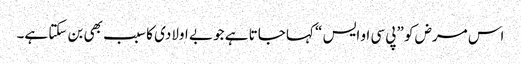
اس مرض کو ”پی سی او ایس “ کہا جاتا ہے جو بے اولادی کا سبب بھی بن سکتا ہے۔